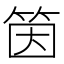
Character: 筃